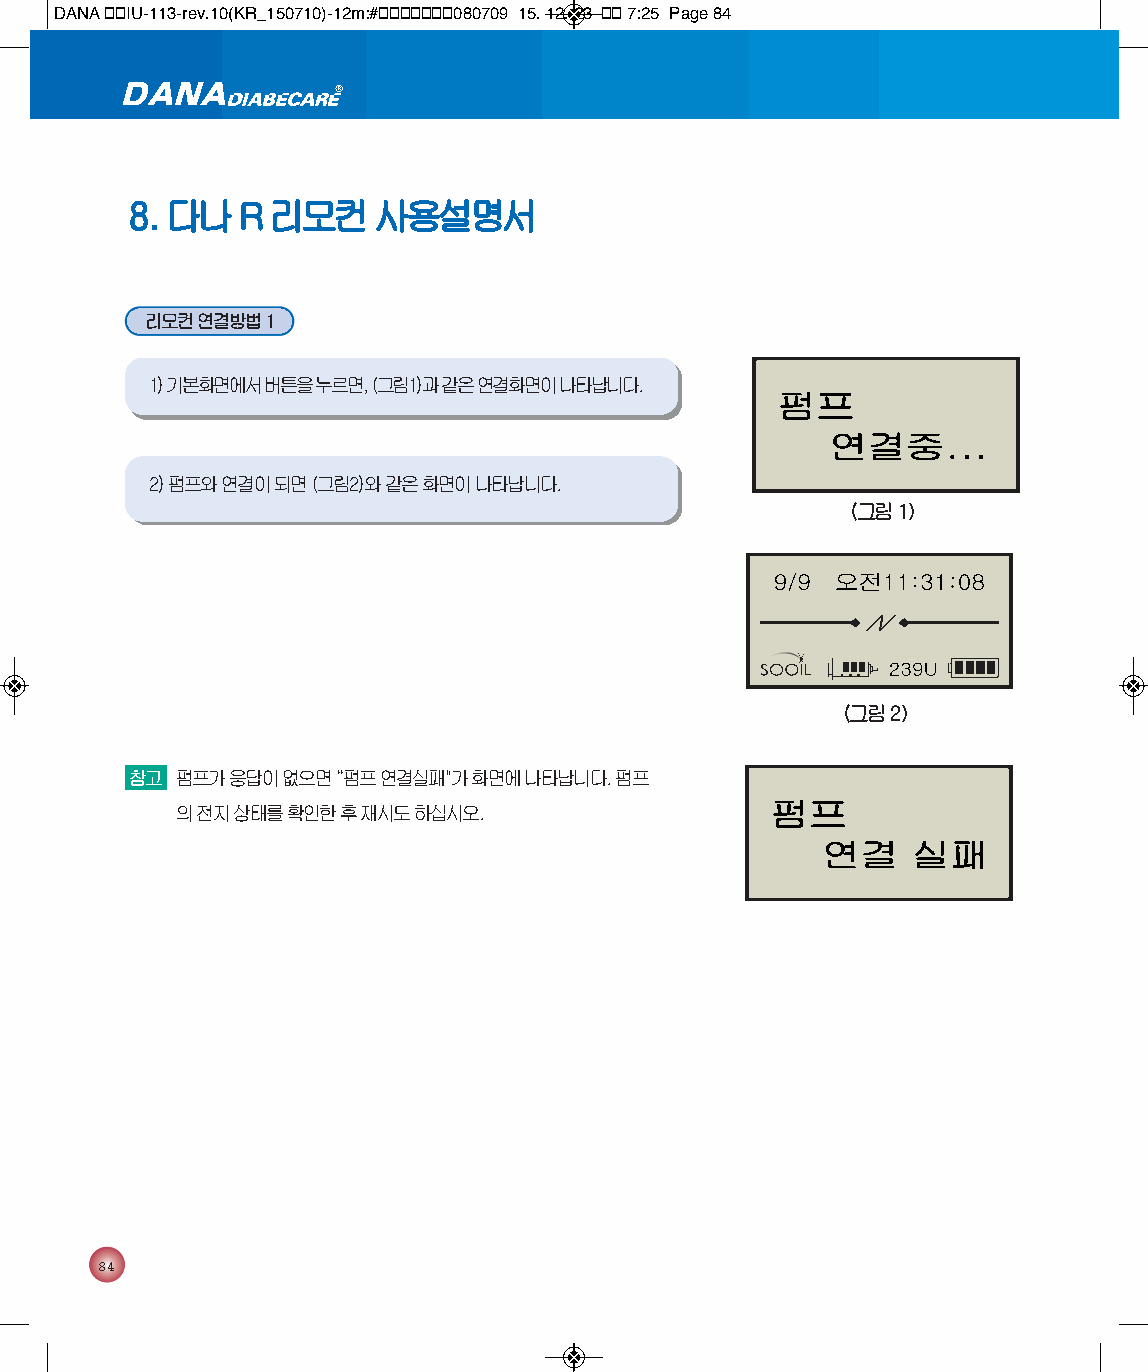
DANA 통통IU-113-rev.10(KR_150710)-12m:#통통통통통통통080709 15. 12. 23 통통 7:25 Page 84
 8. 다나   R리모컨     사용설명서
 리모컨 연결방법 1
 1)기본화면에서버튼을 누르면, (그림1)과 같은 연결화면이 나타납니다.
 2) 펌프와 연결이 되면 (그림2)와 같은 화면이 나타납니다.
 (그림 1)
 (그림 2)
 참고 펌프가 응답이 없으면“ 펌프 연결실패"가 화면에 나타납니다. 펌프
 의 전지 상태를 확인한 후 재시도 하십시오.
 84